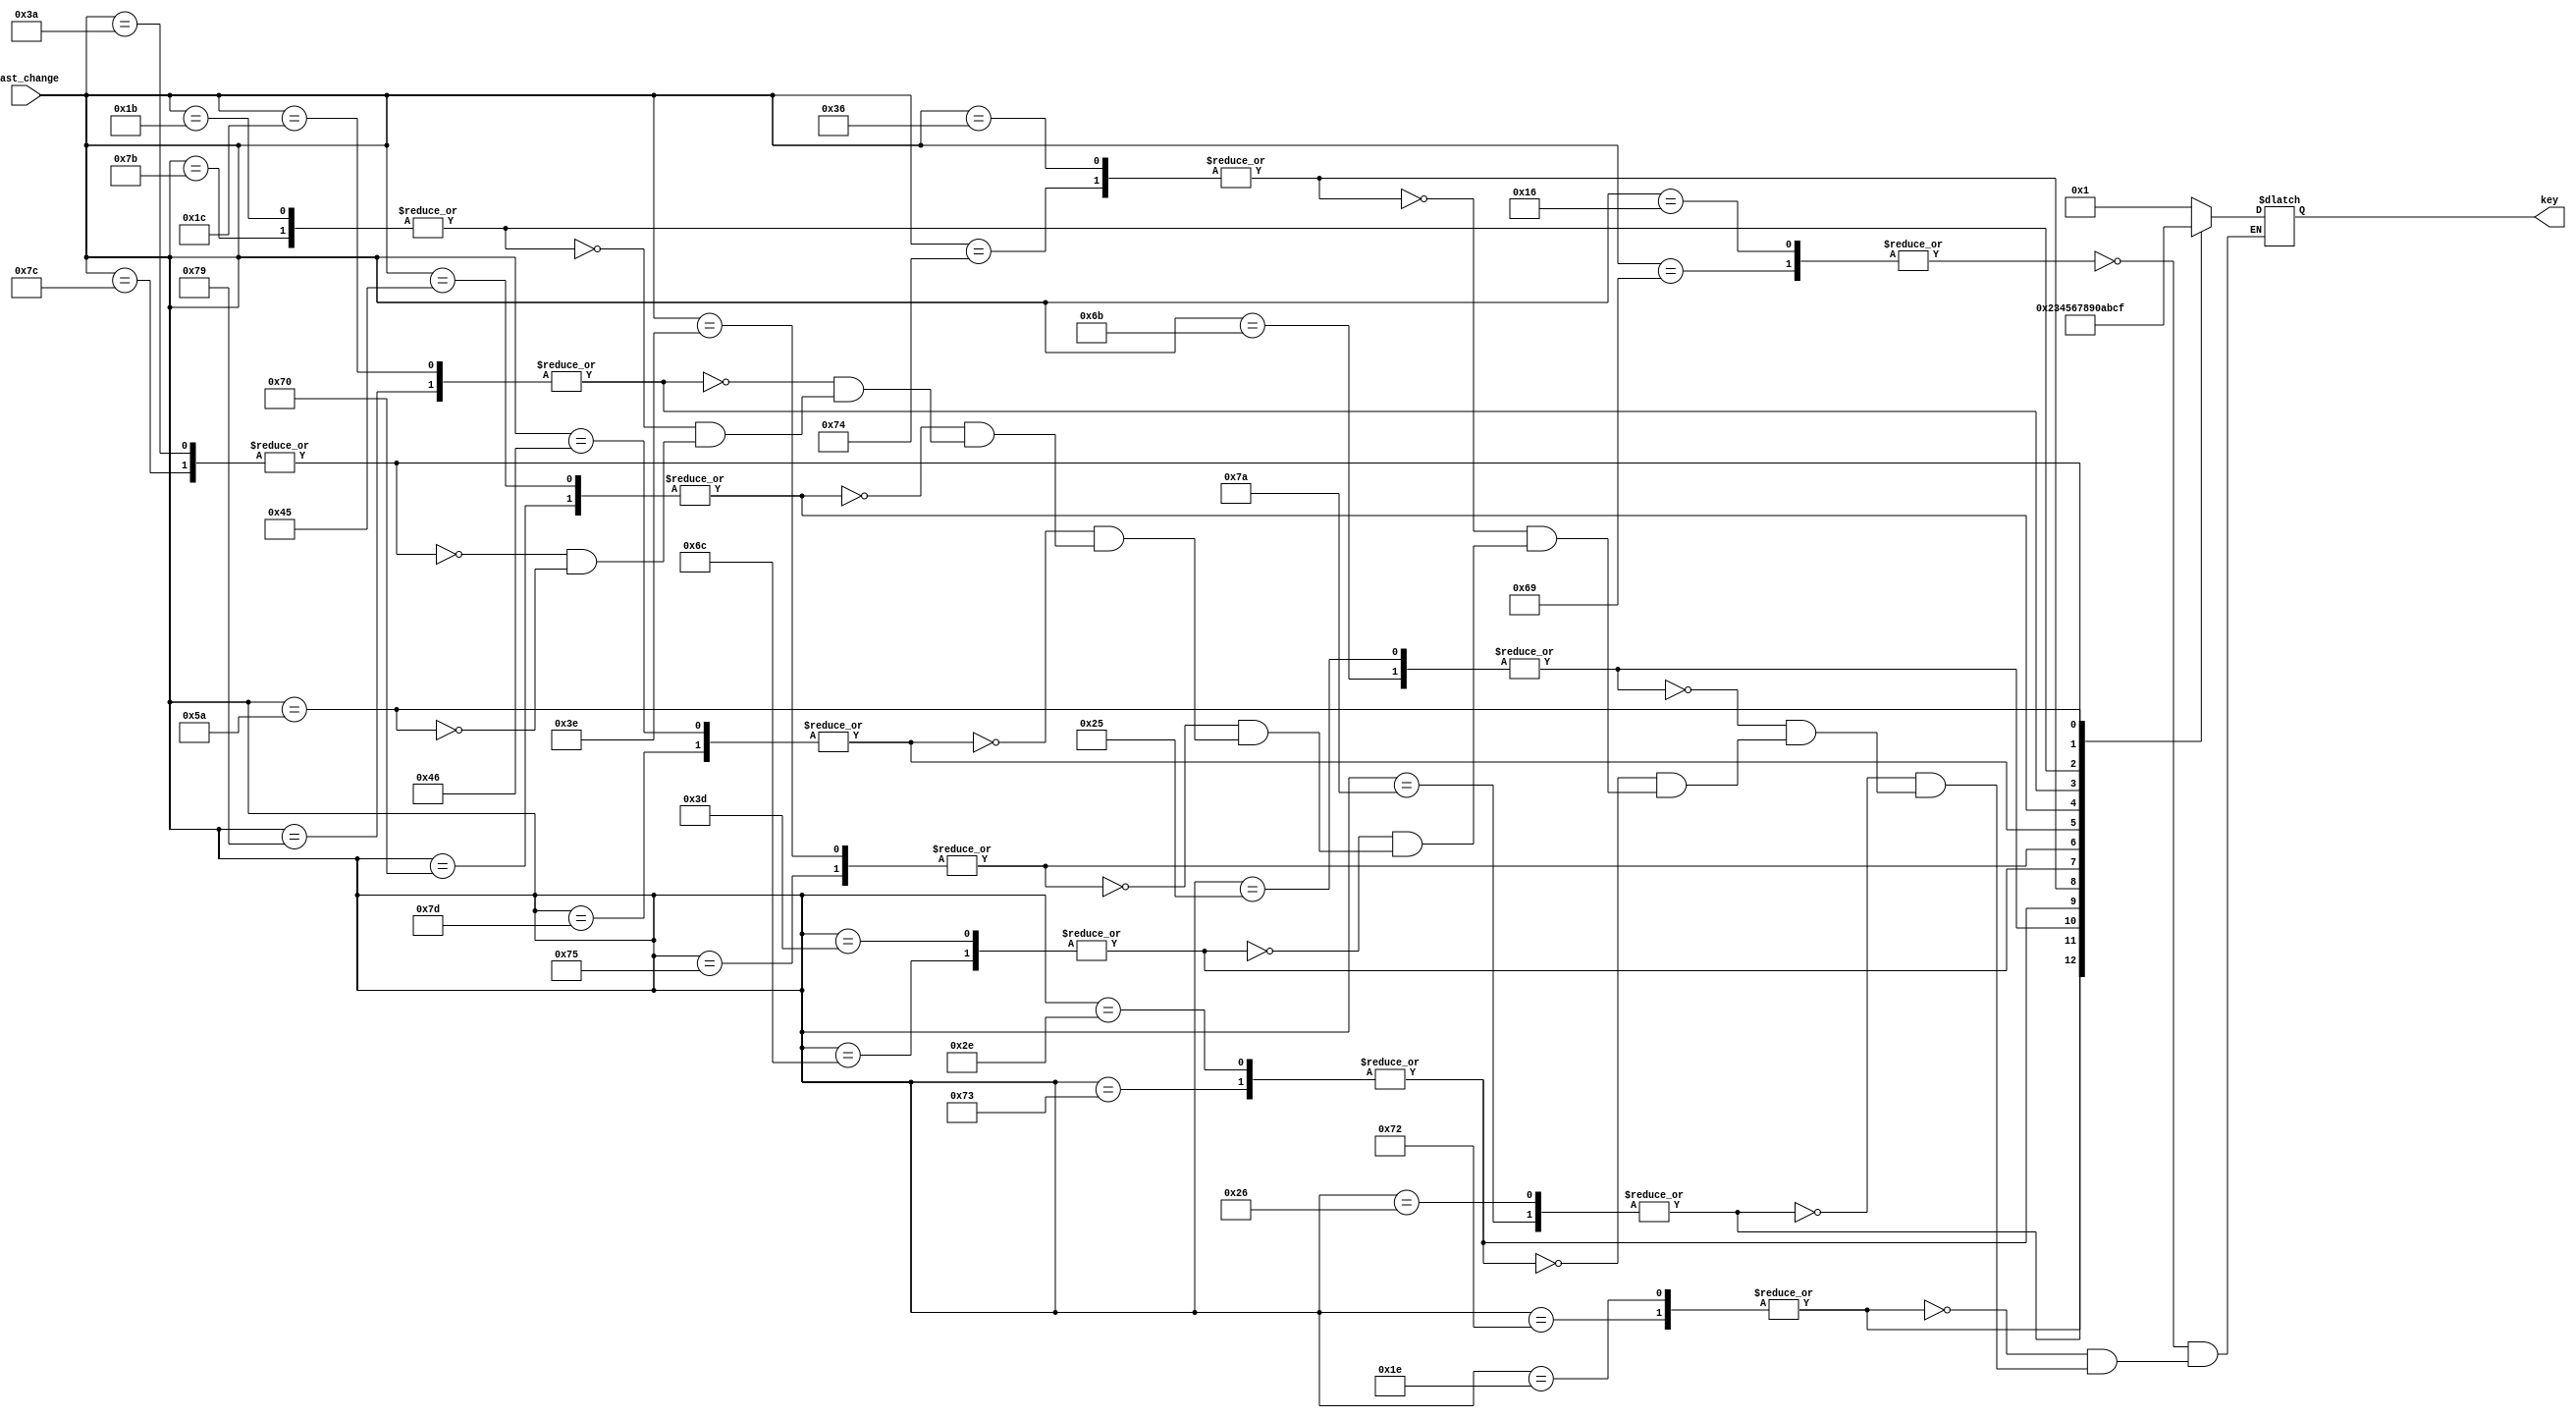
`timescale 1ns / 1ps
//////////////////////////////////////////////////////////////////////////////////
// Company: 
// Engineer: 
// 
// Design Name: 
// Module Name: kb_convert
// Project Name: 
// Target Devices: 
// Tool Versions: 
// Description: 
// 
// Dependencies: 
// 
// Revision:
// Revision 0.01 - File Created
// Additional Comments:
// 
//////////////////////////////////////////////////////////////////////////////////


module kb_convert(
    output reg [3:0] key,
    input [8:0] last_change
    );
    
    always @*
        begin
            case(last_change)
                9'H16, 9'H69 : key = 4'd1;
                9'H1E, 9'H72 : key = 4'd2;
                9'H26, 9'H7A : key = 4'd3;
                9'H25, 9'H6B : key = 4'd4;
                9'H2E, 9'H73 : key = 4'd5;
                9'H36, 9'H74 : key = 4'd6;
                9'H3D, 9'H6C : key = 4'd7;
                9'H3E, 9'H75 : key = 4'd8;
                9'H46, 9'H7D : key = 4'd9;
                9'H45, 9'H70 : key = 4'd0;
                9'H1C, 9'H79 : key = 4'd10;
                9'H1B, 9'H7B : key = 4'd11;
                9'H3A, 9'H7C : key = 4'd12;
                9'H5A : key = 4'd15;
            endcase
    end
endmodule